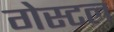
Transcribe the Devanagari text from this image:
गेस्टल